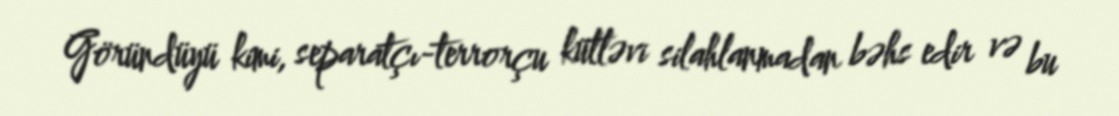
Göründüyü kimi, separatçı-terrorçu kütləvi silahlanmadan bəhs edir və bu